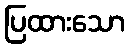
ပြထားသော